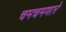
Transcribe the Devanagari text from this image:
चमचमणारे